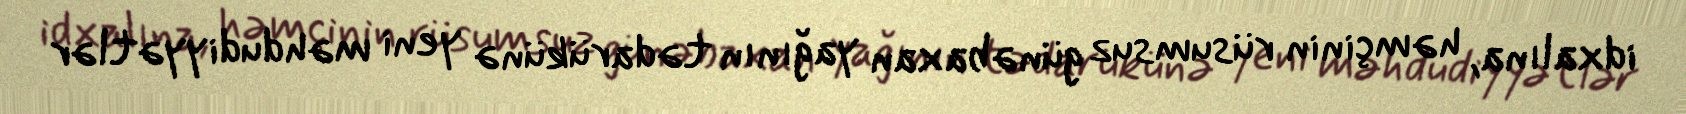
idxalına, həmçinin rüsumsuz günəbaxan yağının tədarükünə yeni məhdudiyyətlər